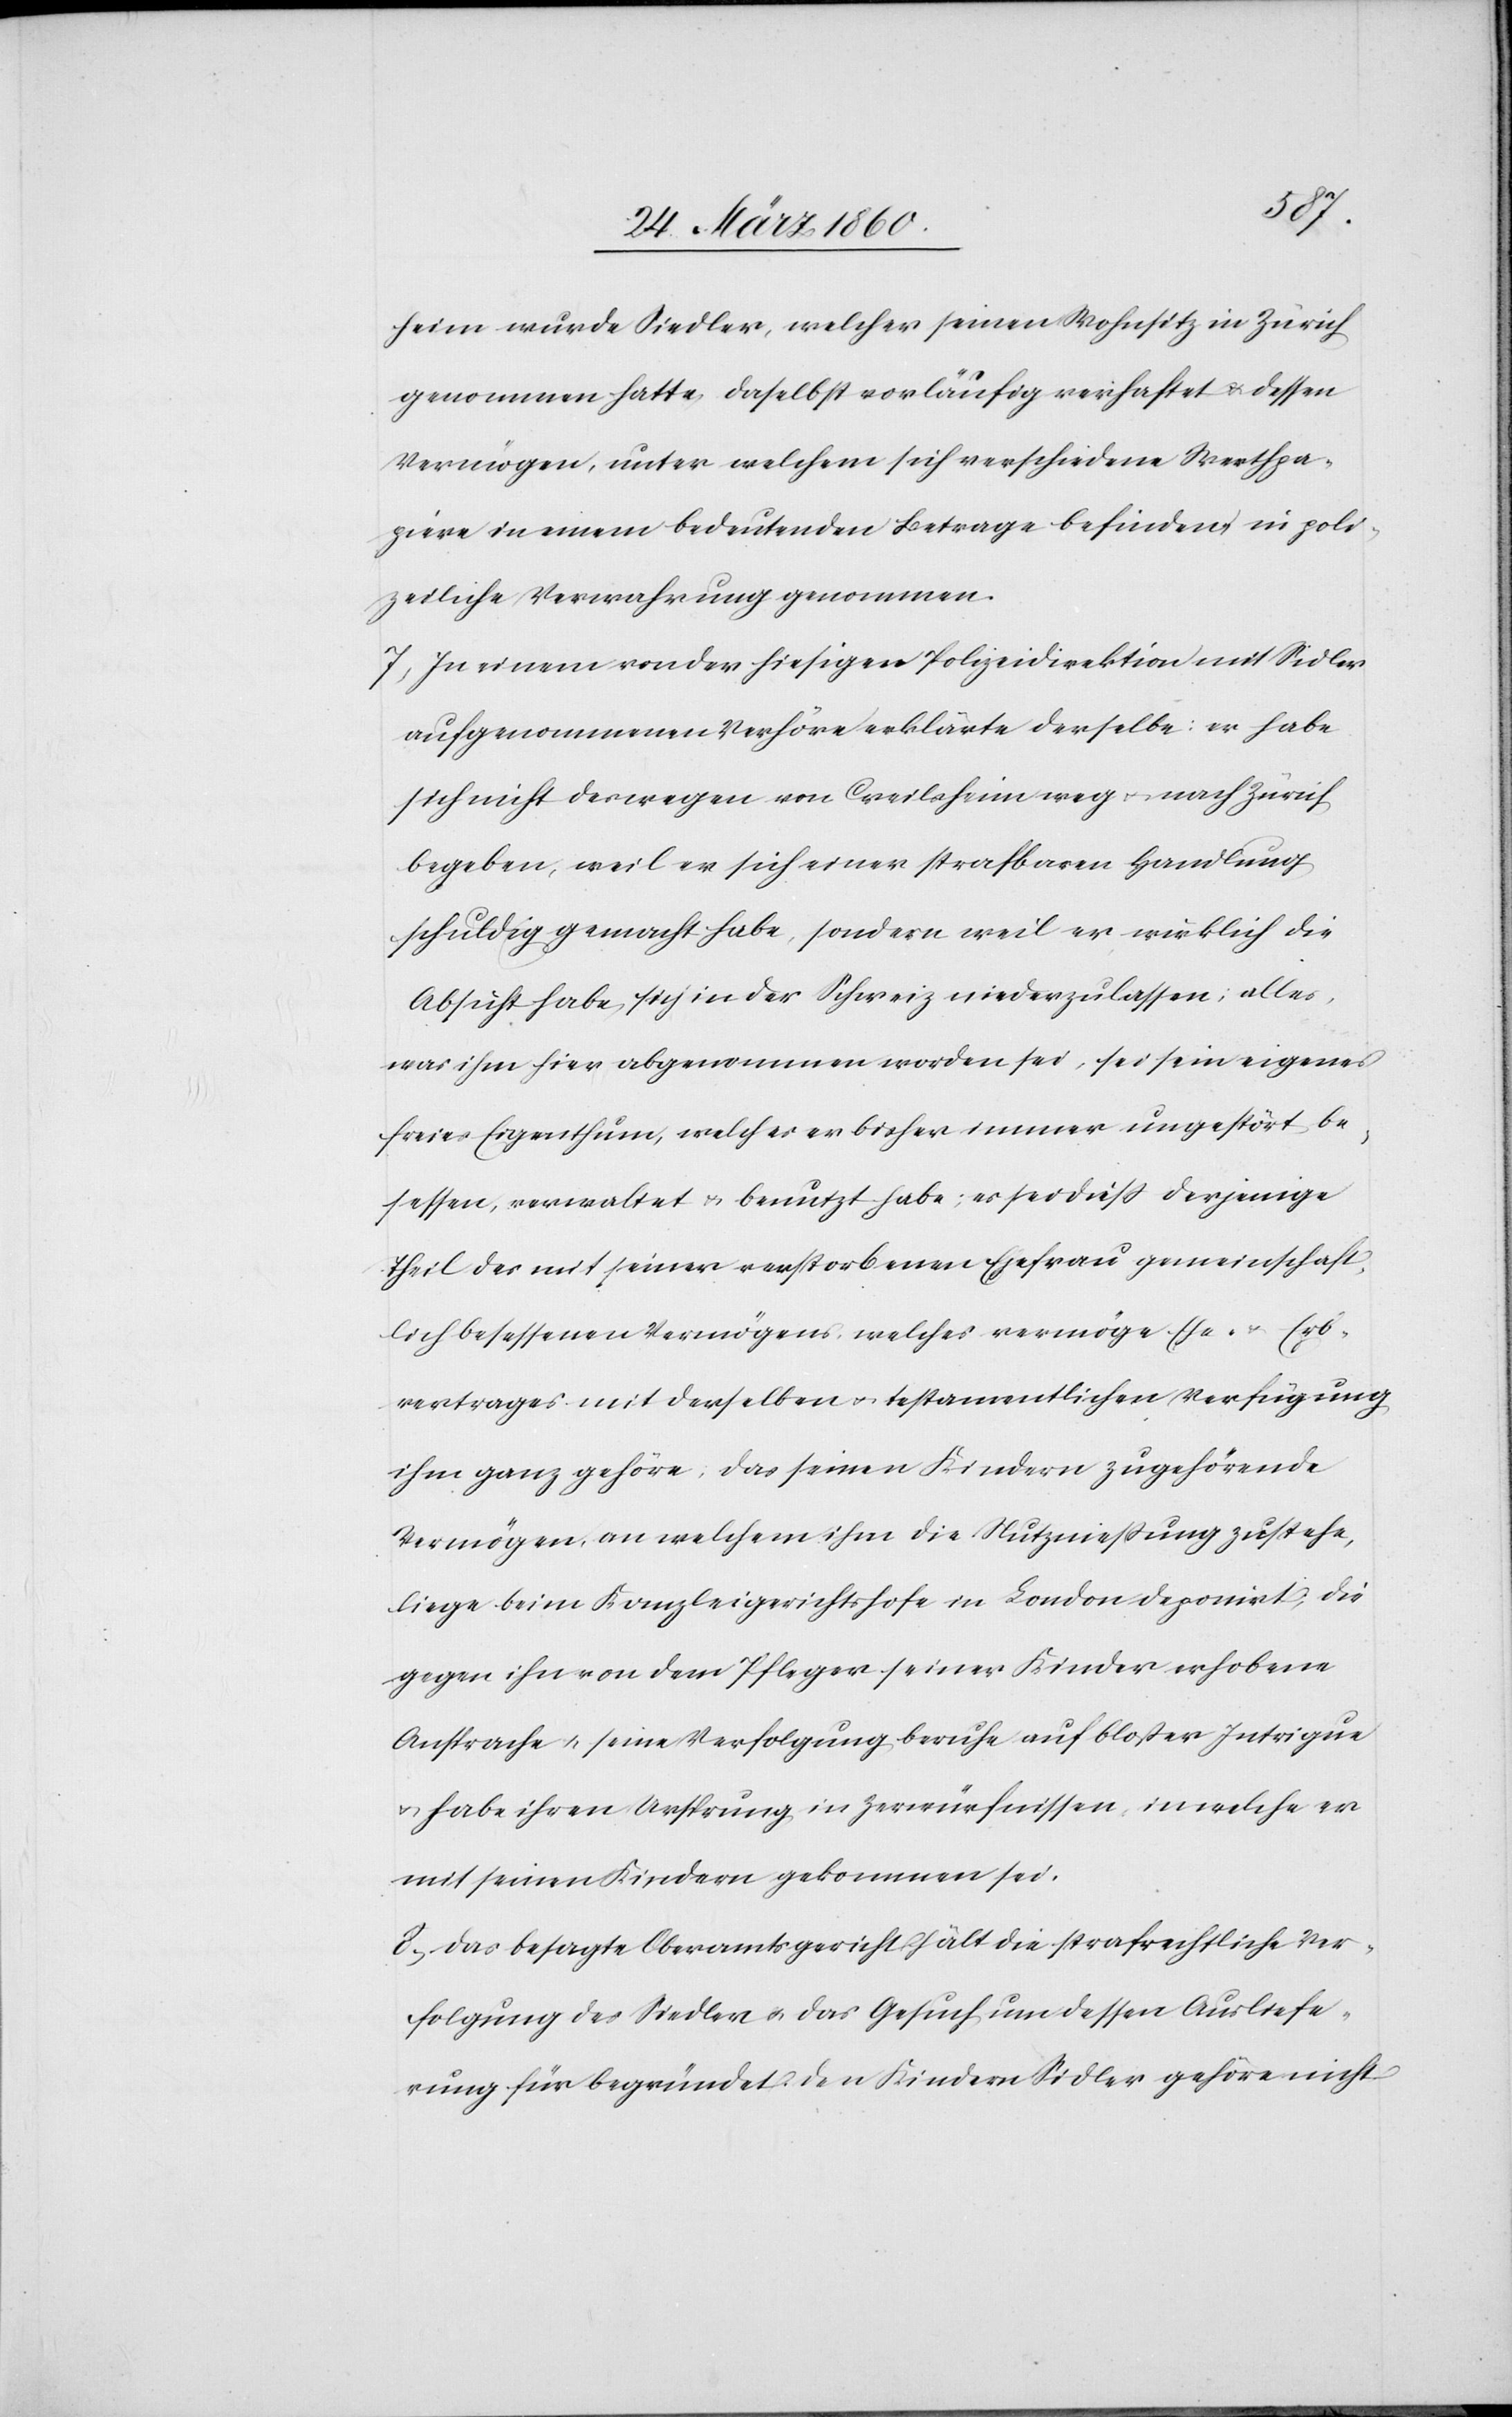
heim wurde Siedler, welcher seinen Wohnsitz in Zürich
genommen hatte, daselbst vorläufig verhaftet u. dessen
Vermögen, unter welchem sich verschiedene Werthpa¬
piere in einem bedeutenden Betrage befinden u. in poli¬
zeiliche Verwahrung genommen.
7. In einem von der hiesigen Polizeidirektion mit Sidler
aufgenommenen Verhöre erklärte derselbe: er habe
sich nicht deswegen von Creilsheim weg u. nach Zürich
begeben, weil er sich einer strafbaren Handlung
schuldig gemacht habe, sondern weil er wirklich die
Absicht habe, sich in der Schweiz niederzulassen; alles,
was ihm hier abgenommen worden sei, sei sein eigenes
freies Eigenthum, welches er bisher immer ungestört be¬
sessen, verwaltet und benutzt habe; es sei diess derjenige
Theil der mit seiner verstorbenen Ehefrau gemeinschaft¬
lich besessenen Vermögens, welches vermöge Ehe- u. Erb¬
vertrages mit derselben u. testamentlichen Verfügung
ihm ganz gehöre. Das seinen Kindern zugehörende
Vermögen, an welchem ihm die Nutznießung zustehe,
liege beim Kanzleigerichtshofe in London deponirt; die
gegen ihn von dem Pfleger seiner Kinder erhobene
Ansprache u. seine Verfolgung beruhe auf blosser Intrigue
u. habe ihren Ursprung in Zerwürfnissen, in welche er
mit seinen Kindern gekommen sei.
8. Das besagte Oberamtsgericht hält die strafrechtliche Ver¬
folgung des Siedler u. das Gesuch um dessen Ausliefe¬
rung für begründet. Den Kindern Sidler gehöre nicht